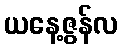
ယနေ့ဇွန်လ